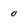
Character: 0